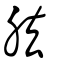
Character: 胠